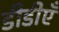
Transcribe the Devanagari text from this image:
डीडीएँ